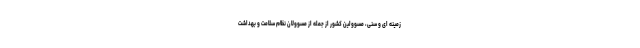
زمینه ای و سنی، مسوولین کشور از جمله از مسوولان نظام سلامت و بهداشت